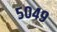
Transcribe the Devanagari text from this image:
५०४९